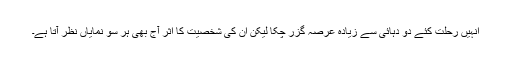
انہیں رحلت کئے دو دہائی سے زیادہ عرصہ گزر چکا لیکن ان کی شخصیت کا اثر آج بهی ہر سو نمایاں نظر آتا ہے۔